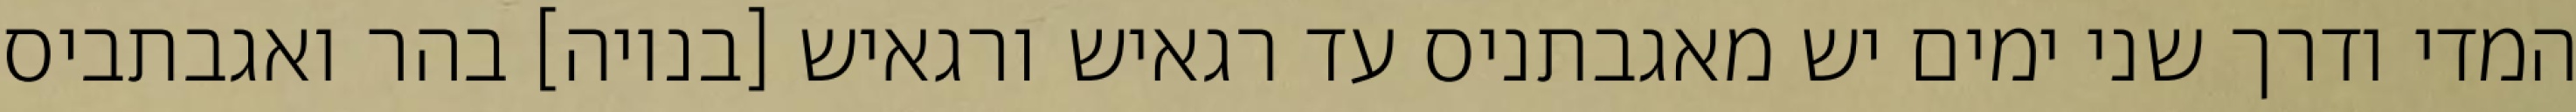
המדי ודרך שני ימים יש מאגבתניס עד רגאיש ורגאיש [בנויה] בהר ואגבתביס